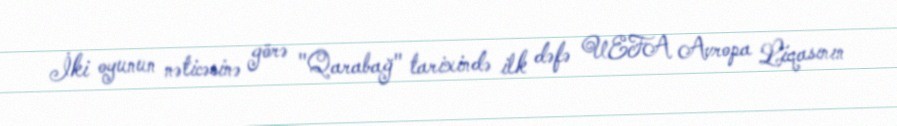
İki oyunun nəticəsinə görə "Qarabağ" tarixində ilk dəfə UEFA Avropa Liqasının